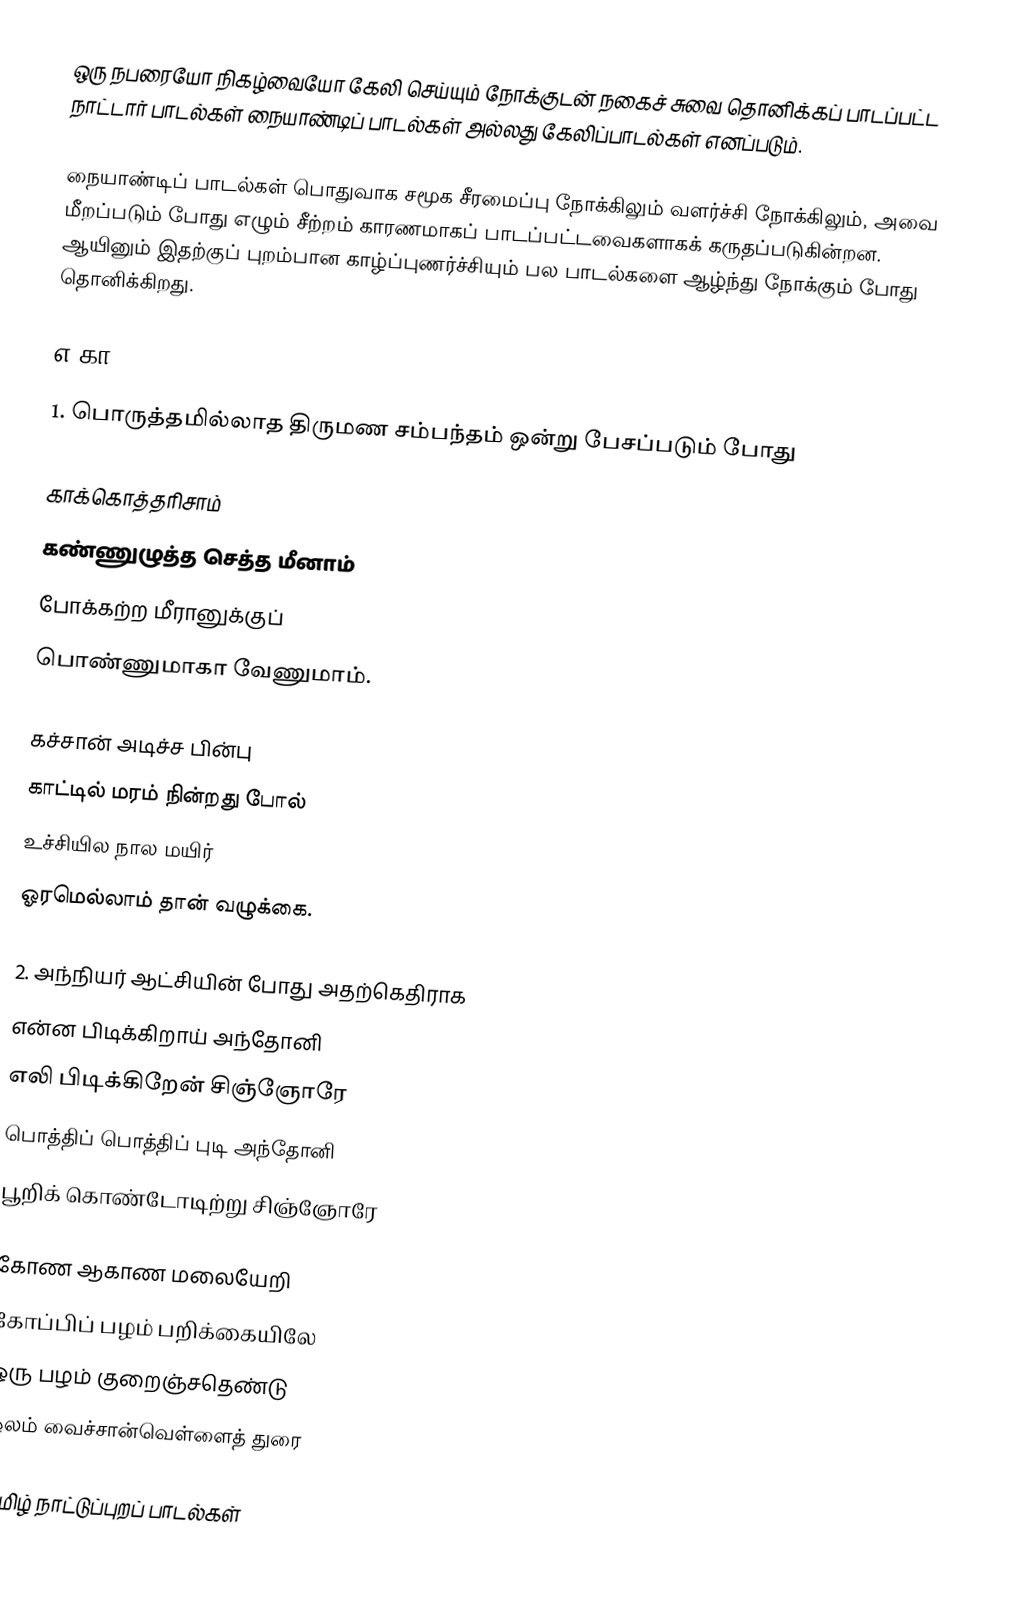
ஒரு நபரையோ நிகழ்வையோ கேலி செய்யும் நோக்குடன் நகைச் சுவை தொனிக்கப் பாடப்பட்ட நாட்டார் பாடல்கள் நையாண்டிப் பாடல்கள் அல்லது கேலிப்பாடல்கள் எனப்படும்.

நையாண்டிப் பாடல்கள் பொதுவாக சமூக சீரமைப்பு நோக்கிலும் வளர்ச்சி நோக்கிலும், அவை மீறப்படும் போது எழும் சீற்றம் காரணமாகப் பாடப்பட்டவைகளாகக் கருதப்படுகின்றன. ஆயினும் இதற்குப் புறம்பான காழ்ப்புணர்ச்சியும் பல பாடல்களை  ஆழ்ந்து  நோக்கும் போது தொனிக்கிறது.

எ.கா:

1. பொருத்தமில்லாத திருமண சம்பந்தம்  ஒன்று பேசப்படும் போது

 காக்கொத்தரிசாம்
 கண்ணுழுத்த செத்த மீனாம்
 போக்கற்ற மீரானுக்குப்
 பொண்ணுமாகா வேணுமாம்.

 கச்சான் அடிச்ச பின்பு
 காட்டில் மரம் நின்றது போல்
 உச்சியில நால மயிர்
 ஓரமெல்லாம் தான் வழுக்கை.

2. அந்நியர் ஆட்சியின் போது அதற்கெதிராக
 என்ன பிடிக்கிறாய் அந்தோனி
 எலி பிடிக்கிறேன் சிஞ்ஞோரே
 பொத்திப் பொத்திப் புடி அந்தோனி
 பூறிக் கொண்டோடிற்று சிஞ்ஞோரே

 கோண ஆகாண மலையேறி
 கோப்பிப் பழம் பறிக்கையிலே
 ஒரு பழம் குறைஞ்சதெண்டு
 ஓலம் வைச்சான்வெள்ளைத் துரை

தமிழ் நாட்டுப்புறப் பாடல்கள்